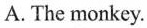
A. The monkey.